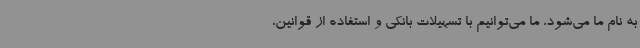
به نام ما می‌شود،‌ ما می‌توانیم با تسهیلات بانکی و استفاده از قوانین،